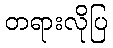
တရားလိုပြ